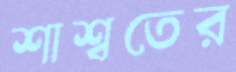
শাশ্বতের